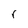
Character: r